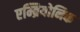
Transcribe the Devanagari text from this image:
एम्ब्रियोनिक